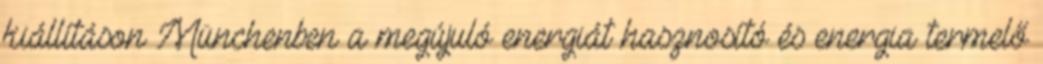
kiállításon Münchenben a megújuló energiát hasznosító és energia termelő